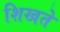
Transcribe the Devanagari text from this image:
शिखते